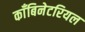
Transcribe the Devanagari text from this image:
काँबिनेटरियल